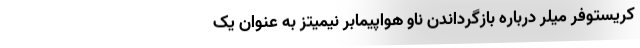
کریستوفر میلر درباره بازگرداندن ناو هواپیمابر نیمیتز به عنوان یک